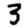
Digit: 3